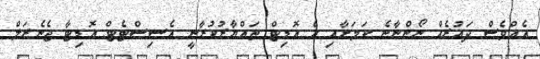
އެއްވެސް ދައުރެއް ނޯންނާނެ ކަމަށާއި އެ އޮޑިޓް ތައްޔާރުކުރާނީ އެސިސްޓެޓް އޮޑިޓާ ޖެނެރަލް